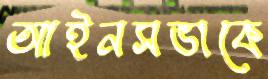
আইনসভাকে